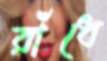
রাঁধে